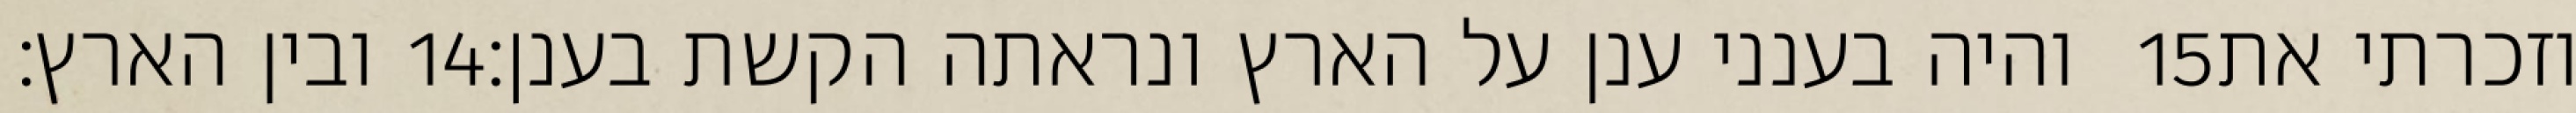
ובין הארץ׃ ‎14‏ והיה בענני ענן על הארץ ונראתה הקשת בענן׃ ‎15‏ וזכרתי את